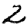
Digit: 2